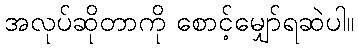
အလုပ်ဆိုတာကို စောင့်မျှော်ရဆဲပါ။